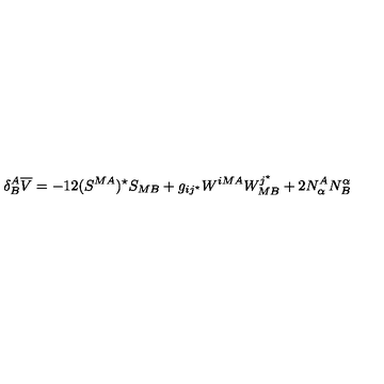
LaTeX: \delta _ { B } ^ { A } { \overline { V } } = - 1 2 ( S ^ { M A } ) ^ { \star } S _ { M B } + g _ { i j ^ { \star } } W ^ { i M A } W _ { M B } ^ { j ^ { \star } } + 2 N _ { \alpha } ^ { A } N _ { B } ^ { \alpha }